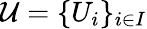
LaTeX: {\mathcal{U}}=\{ U_{i}\} _{i\in I}